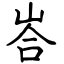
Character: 峇